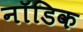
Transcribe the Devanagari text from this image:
नॉडिक